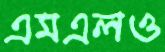
এমএলও